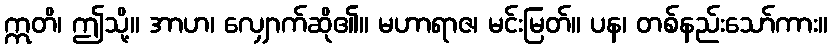
ဣတိ၊ ဤသို့။ အာဟ၊ လျှောက်ဆို၏။ မဟာရာဇ၊ မင်းမြတ်။ ပန၊ တစ်နည်းသော်ကား။